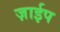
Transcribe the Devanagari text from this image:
ज़ाईप